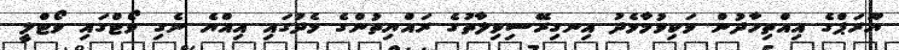
ޔޫރަޕްގެ އިއްތިހާދުން ވަކިވުމާމެދު އިނގިރޭސިވިލާތުގެ ރައްޔިތުންގެ މެދުގައި އިއްޔެ ނެގި ވޯޓްގައި ވޯޓްލީ